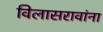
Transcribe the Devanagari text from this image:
विलासरावांना